Report of the Indian Hemp Drugs Commission, 1894-1895 - Volume III
Year: 1894
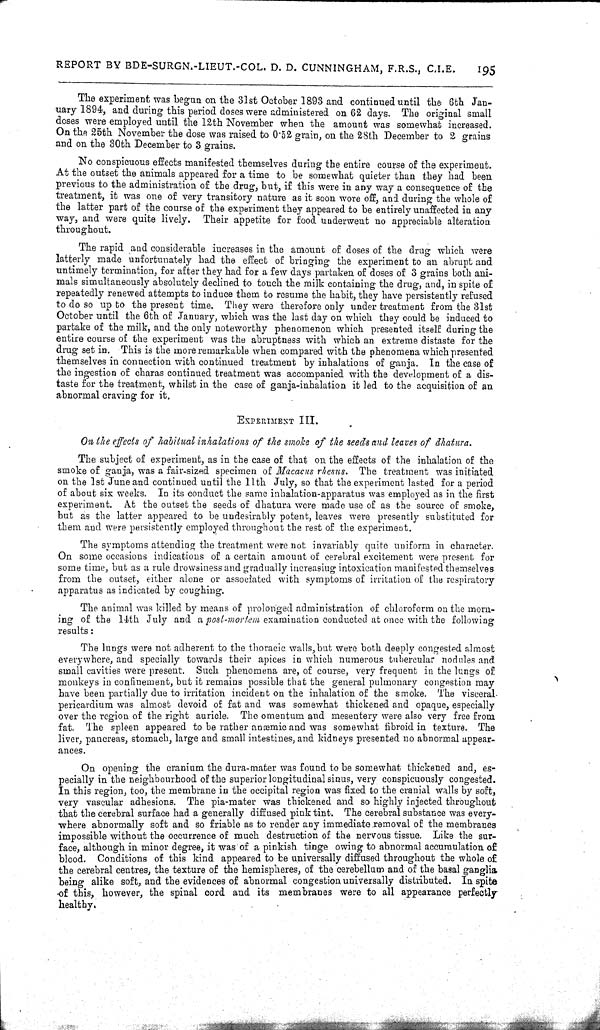
REPORT BY BDE-SURGN.-LIEUT.-COL. D. D. CUNNINGHAM, F.R.S., C.I.E.
195
The experiment was begun on the 31st October 1893 and continued until the 6th Jan-
uary 1894, and during this period doses were administered on 62 days. The original small
doses were employed until the 12th November when the amount was somewhat increased.
On the 25th November the dose was raised to 0.52 grain, on the 28th December to 2 grains
and on the 30th December to 3 grains.
No conspicuous effects manifested themselves during the entire course of the experiment.
At the outset the animals appeared for a time to be somewhat quieter than they had been
previous to the administration of the drug, but, if this were in any way a consequence of the
treatment, it was one of very transitory nature as it soon wore off, and during the whole of
the latter part of the course of the experiment they appeared to be entirely unaffected in any
way, and were quite lively. Their appetite for food underwent no appreciable alteration
throughout.
The rapid and considerable increases in the amount of doses of the drug which were
latterly made unfortunately had the effect of bringing the experiment to an abrupt and
untimely termination, for after they had for a few days partaken of doses of 3 grains both ani-
mals simultaneously absolutely declined to touch the milk containing the drug, and, in spite of
repeatedly renewed attempts to induce them to resume the habit, they have persistently refused
to do so up to the present time. They were therefore only under treatment from the 31st
October until the 6th of January, which was the last day on which they could be induced to
partake of the milk, and the only noteworthy phenomenon which presented itself during the
entire course of the experiment was the abruptness with which an extreme distaste for the
drug set in. This is the more remarkable when compared with the phenomena which presented
themselves in connection with continued treatment by inhalations of ganja. In the case of
the ingestion of charas continued treatment was accompanied with the development of a dis-
taste for the treatment, whilst in the case of ganja-inhalation it led to the acquisition of an
abnormal craving for it.
EXPERIMENT
III.
On the effects of habitual inhalations of the smoke of the seeds and leaves of dhatura.
The subject of experiment, as in the case of that on the effects of the inhalation of the
smoke of ganja, was a fair-sized specimen of Macacus rhesus. The treatment was initiated
on the 1st June and continued until the 11th July, so that the experiment lasted for a period
of about six weeks. In its conduct the same inhalation-apparatus was employed as in the first
experiment. At the outset the seeds of dhatura were made use of as the source of smoke,
but as the latter appeared to be undesirably potent, leaves were presently substituted for
them and were persistently employed throughout the rest of the experiment.
The symptoms attending the treatment were not invariably quite uniform in character.
On some occasions indications of a certain amount of cerebral excitement were present for
some time, but as a rule drowsiness and gradually increasiug intoxication manifested themselves
from the outset, either alone or associated with symptoms of irritation of the respiratory
apparatus as indicated by coughing.
The animal was killed by means of prolonged administration of chloroform on the morn-
ing of the 14th July and a post-mortem examination conducted at once with the following
results:
The lungs were not adherent to the thoracic walls,but were both deeply congested almost
everywhere, and specially towards their apices in which numerous tubercular nodules and
small cavities were present. Such phenomena are, of course, very frequent in the lungs of
monkeys in confinement, but it remains possible that the general pulmonary congestion may
have been partially due to irritation incident on the inhalation of the smoke. The visceral
pericardium was almost devoid of fat and was somewhat thickened and opaque, especially
over the region of the right auricle. The omentum and mesentery were also very free from
fat. The spleen appeared to be rather anæmic and was somewhat fibroid in texture. The
liver, pancreas, stomach, large and small intestines, and kidneys presented no abnormal appear-
ances.
On opening the cranium the dura-mater was found to be somewhat thickened and, es-
pecially in the neighbourhood of the superior longitudinal sinus, very conspicuously congested.
In this region, too, the membrane in the occipital region was fixed to the cranial walls by soft,
very vascular adhesions. The pia-mater was thickened and so highly injected throughout
that the cerebral surface had a generally diffused pink tint. The cerebral substance was every-
where abnormally soft and so friable as to render any immediate removal of the membranes
impossible without the occurrence of much destruction of the nervous tissue. Like the sur-
face, although in minor degree, it was of a pinkish tinge owing to abnormal accumulation of
blood. Conditions of this kind appeared to be universally diffused throughout the whole of
the cerebral centres, the texture of the hemispheres, of the cerebellum and of the basal ganglia
being alike soft, and the evidences of abnormal congestion universally distributed. In spite
of this, however, the spinal cord and its membranes were to all appearance perfectly
healthy.